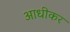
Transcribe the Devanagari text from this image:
आधीकर